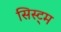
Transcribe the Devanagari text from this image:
सिस्ट्म